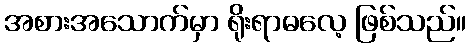
အစားအသောက်မှာ ရိုးရာဓလေ့ ဖြစ်သည်။